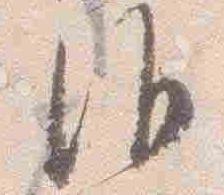
沙